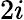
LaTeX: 2i